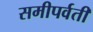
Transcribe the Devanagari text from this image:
समीपर्वती